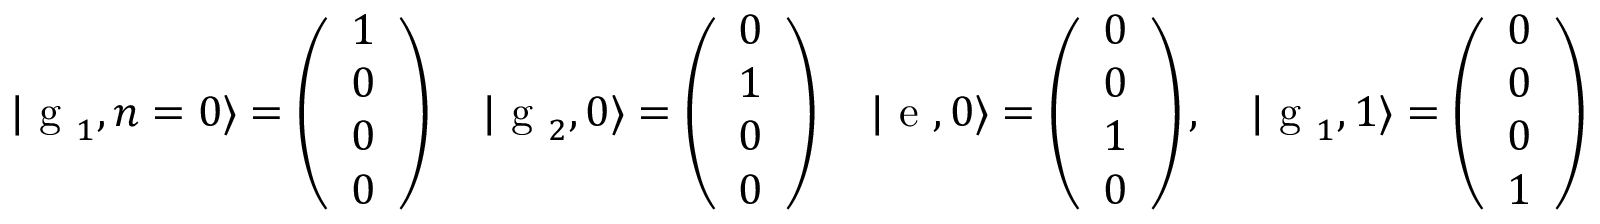
| \textrm { g } _ { 1 } , n = 0 \rangle = \left( \begin{array} { l } { 1 } \\ { 0 } \\ { 0 } \\ { 0 } \end{array} \right) \quad | \textrm { g } _ { 2 } , 0 \rangle = \left( \begin{array} { l } { 0 } \\ { 1 } \\ { 0 } \\ { 0 } \end{array} \right) \quad | \textrm { e } , 0 \rangle = \left( \begin{array} { l } { 0 } \\ { 0 } \\ { 1 } \\ { 0 } \end{array} \right) , \quad | \textrm { g } _ { 1 } , 1 \rangle = \left( \begin{array} { l } { 0 } \\ { 0 } \\ { 0 } \\ { 1 } \end{array} \right)